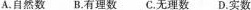
A.自然数 B有理数 C无理数 D实数